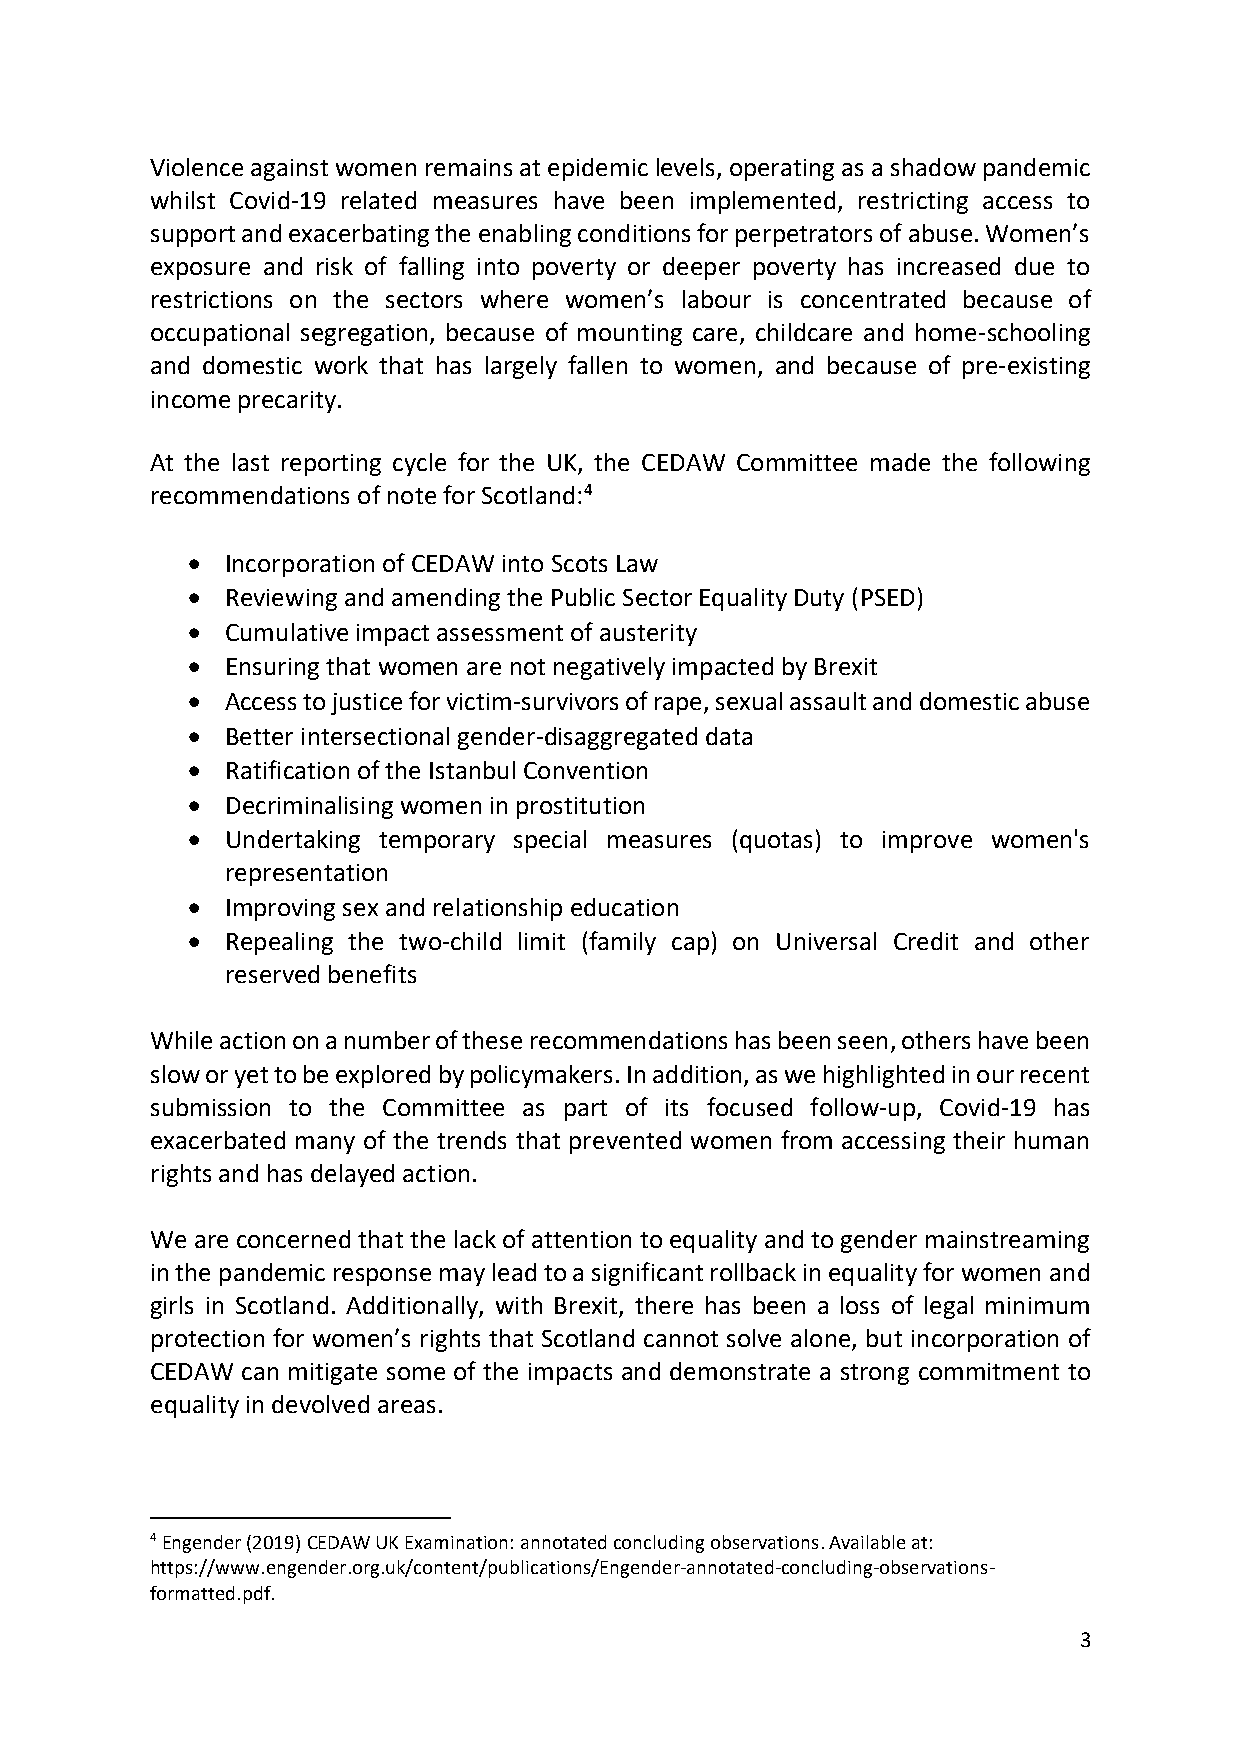
Violence against women remains at epidemic levels, operating as a shadow pandemic
 whilst Covid-19 related measures have been implemented, restricting access to
 support and exacerbating the enabling conditions for perpetrators of abuse. Women’s
 exposure and risk of falling into poverty or deeper poverty has increased due to
 restrictions on the sectors where women’s labour is concentrated because of
 occupational segregation, because of mounting care, childcare and home-schooling
 and domestic work that has largely fallen to women, and because of pre-existing
 income precarity.
 At the last reporting cycle for the UK, the CEDAW Committee made the following
 recommendations of note for Scotland:4
 •  Incorporation of CEDAW into Scots Law
 •  Reviewing and amending the Public Sector Equality Duty (PSED)
 •  Cumulative impact assessment of austerity
 •  Ensuring that women are not negatively impacted by Brexit
 •  Access to justice for victim-survivors of rape, sexual assault and domestic abuse
 •  Better intersectional gender-disaggregated data
 •  Ratification of the Istanbul Convention
 •  Decriminalising women in prostitution
 •  Undertaking temporary special measures (quotas) to improve women's
 representation
 •  Improving sex and relationship education
 •  Repealing the two-child limit (family cap) on Universal Credit and other
 reserved benefits
 While action on a number of these recommendations has been seen, others have been
 slow or yet to be explored by policymakers. In addition, as we highlighted in our recent
 submission to the Committee as part of its focused follow-up, Covid-19 has
 exacerbated many of the trends that prevented women from accessing their human
 rights and has delayed action.
 We are concerned that the lack of attention to equality and to gender mainstreaming
 in the pandemic response may lead to a significant rollback in equality for women and
 girls in Scotland. Additionally, with Brexit, there has been a loss of legal minimum
 protection for women’s rights that Scotland cannot solve alone, but incorporation of
 CEDAW can mitigate some of the impacts and demonstrate a strong commitment to
 equality in devolved areas.
 4 Engender (2019) CEDAW UK Examination: annotated concluding observations. Available at:
 https://www.engender.org.uk/content/publications/Engender-annotated-concluding-observations-
 formatted.pdf.
 3